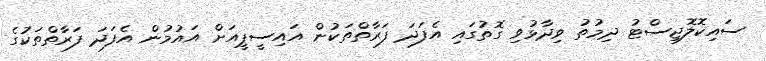
ސައިކޮލޮޖިސްޓު ދިމުތު ވިދާޅުވި ގޮތުގައި އެފަދަ ފަރާތްތަކުން އައިސީޕީއަށް އައުމުން އެފަދަ ފަރާތްތަކުގެ